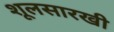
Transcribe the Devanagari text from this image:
शूलसारखी